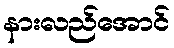
နားလည်အောင်